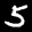
Label: 5